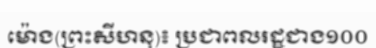
ម៉ោង(ព្រះសីហនុ)៖ ប្រជាពលរដ្ឋជាង១០០